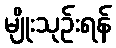
မျိုးသုဉ်းရန်